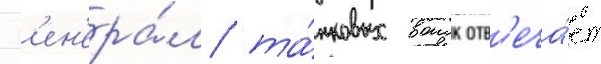
Г'ен'ера́л та́нковых воиск отв'еча́ет